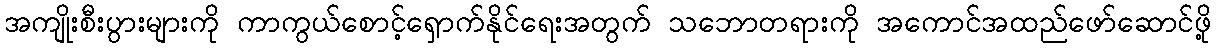
အကျိုးစီးပွားများကို ကာကွယ်စောင့်ရှောက်နိုင်ရေးအတွက် သဘောတရားကို အကောင်အထည်ဖော်ဆောင်ဖို့